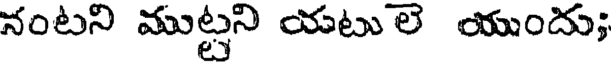
నంటని ముట్టని యటు లె యుందు;